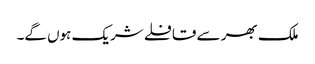
ملک بھر سے قافلے شریک ہوں گے۔